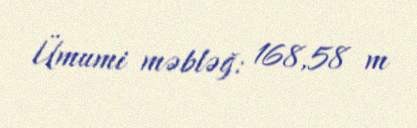
Ümumi məbləğ: 168,58 m